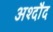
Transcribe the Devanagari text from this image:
अश्दौद